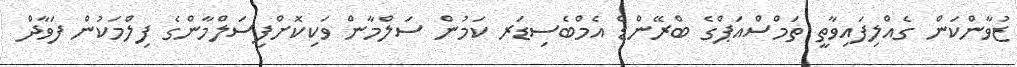
ޒުވާންކަން ގެއްލިފައިވާތީ ތަމްސްއަޕްގެ ބްރޭންޑް އެމްބެސިޑަރ ކަމުން ސަލްމާން ވަކިކޮށްފިސަލްމާންގެ ފިލްމަކުން ފަވާދް